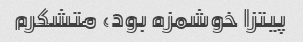
پیتزا خوشمزه بود، متشکرم